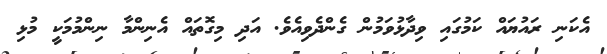
އެކަނި ރައުޔައް ކަމުގައި ވިދާޅުވަމުން ގެންދެވިއެވެ. އަދި މިގޮތައް އެނިންމާ ނިންމުމަކީ މުޅި